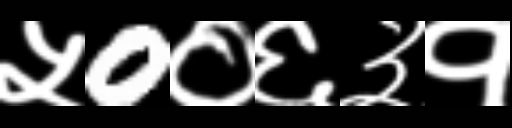
Text: ५0०६३१